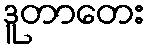
ဒူတာတေး